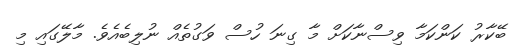
ބޭކާރު ކަންކަމާ ވިސްނާކަށް މާ ގިނަ ހުސް ވަގުތެއް ނުލިބެއެވެ. މާލޭގައި މި